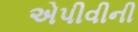
એપીવીની